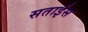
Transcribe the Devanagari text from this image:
सताईस